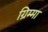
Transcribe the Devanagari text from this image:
ग्रिम्मा